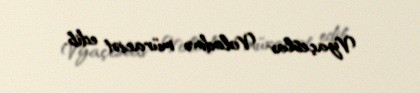
Vyaçeslav Volodinə müraciət edib.